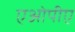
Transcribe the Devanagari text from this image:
एओपीए